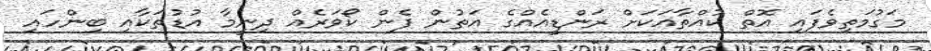
މަގުމަތިވެފައި އޮތް ކުއްތާއަކަށް ރަންޑީއެއްގެ އަތުން ފެން ކޯވަރެއް ދިނީމާ އުޑުތަކާއި ބިންހައި